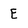
Character: E